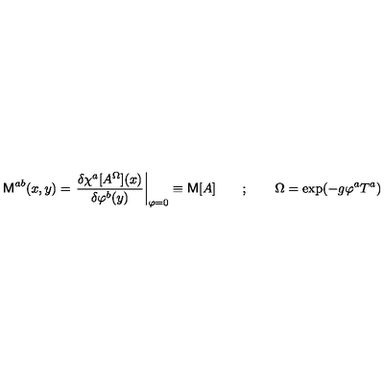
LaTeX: { \sf M } ^ { a b } ( x , y ) = \left. \frac { \delta \chi ^ { a } [ A ^ { \Omega } ] ( x ) } { \delta \varphi ^ { b } ( y ) } \right| _ { \varphi = 0 } \equiv { \sf M } [ A ] \qquad ; \qquad \Omega = \exp ( - g \varphi ^ { a } T ^ { a } )